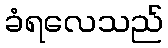
ခံရလေသည်